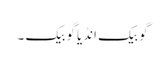
گو بیک انڈیا گو بیک ۔